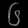
Digit: ၆